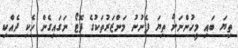
ތިޔަ ބައި މީހުންނަށް ތިޔަ ފެނުނު މަންޒަރުތަކުގެ ފޮޓޯ ނަގައިގެން ހެކި ދެއްކި